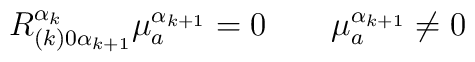
R^{\alpha_k}_{(k)0\alpha_{k+1}}\mu^{\alpha_{k+1}}_a=0\qquad\mu^{\alpha_{k+1}}_a\neq0